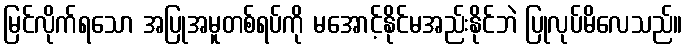
မြင်လိုက်ရသော အပြုအမူတစ်ရပ်ကို မအောင့်နိုင်မအည်းနိုင်ဘဲ ပြုလုပ်မိလေသည်။